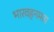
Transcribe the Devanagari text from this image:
भारवहनमता